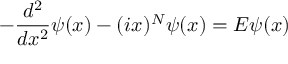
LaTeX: - \frac { d ^ { 2 } } { d x ^ { 2 } } \psi ( x ) - ( i x ) ^ { N } \psi ( x ) = E \psi ( x )